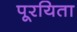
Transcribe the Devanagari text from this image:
पूरयिता